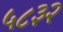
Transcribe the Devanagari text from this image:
५८३२